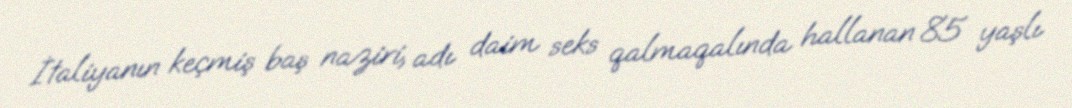
İtaliyanın keçmiş baş naziri, adı daim seks qalmaqalında hallanan 85 yaşlı